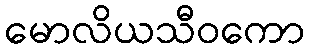
မောလိယသီဝကော